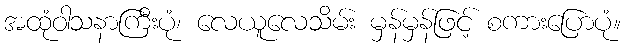
အထုံဝါသနာကြီးပုံ၊ လေယူလေသိမ်း မှန်မှန်ဖြင့် စကားပြောပုံ။